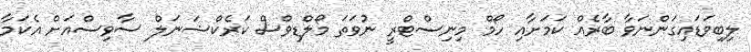
ލިބިވަޑައިގަންނަވާ ބާރެއް ކަމަށާއި ހޯމް މިނިސްޓްރީ ނުވަތަ މޯލްޑިވްސް ކަރެކްޝަނަލް ސާވިސްއަށް އެކަމާ